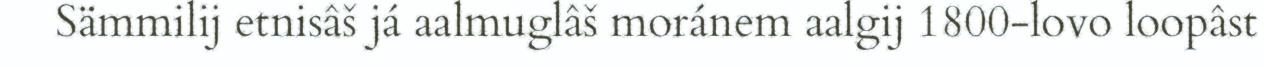
Sämmilij etnisâš já aalmuglâš moránem aalgij 1800-lovo loopâst